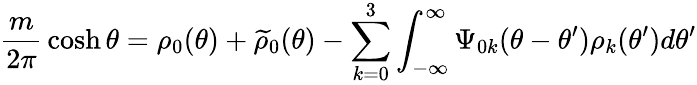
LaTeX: {\frac{m}{2\pi}}\cosh\theta=\rho_{0}(\theta)+\widetilde{\rho}_{0}(\theta)-\sum_{k=0}^{3}\int_{-\infty}^{\infty}\Psi_{0k}(\theta-\theta^{\prime})\rho_{k}(\theta^{\prime})d\theta^{\prime}